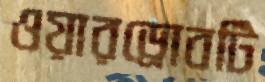
ওয়ারড্রোবটি